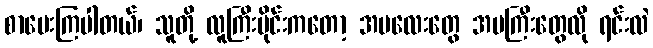
စာမေးကြပါတယ်၊ သူတို့ လူကြီးပိုင်းကတော့ အမလေးတွေ အမကြီးတွေလို ရင်းလဲ